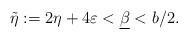
LaTeX: \begin{align*}\tilde{\eta} := 2\eta + 4 \varepsilon < \underline{\beta} < b/2. \end{align*}